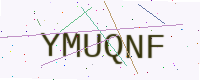
Text: YMUQNF